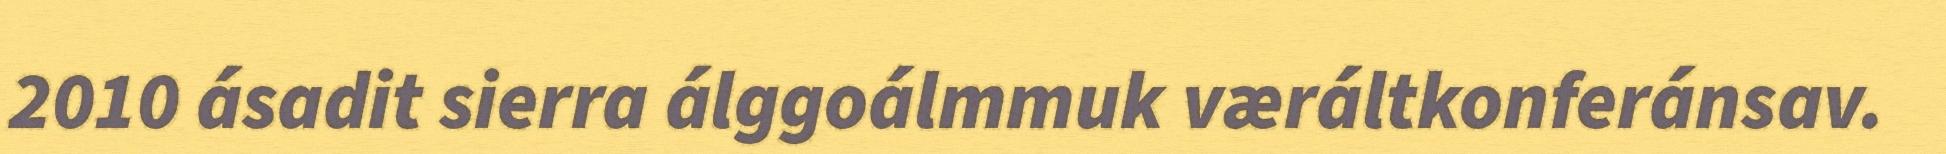
2010 ásadit sierra álggoálmmuk væráltkonferánsav.